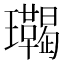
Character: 𤫝